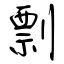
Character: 剽